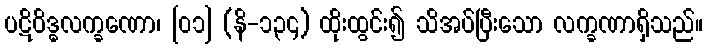
ပဋိဝိဒ္ဓလက္ခဏော၊ [၀၁] (နိ-၁၃၄) ထိုးထွင်း၍ သိအပ်ပြီးသော လက္ခဏာရှိသည်။